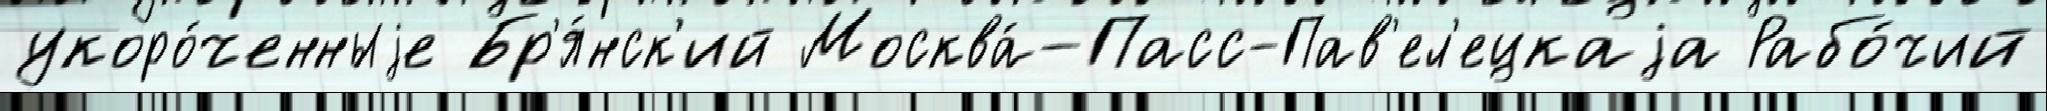
укоро́ченныjе Бр'я́нск'ий Москва́-Пасс-Пав'ел'ецкаjа Рабо́чий